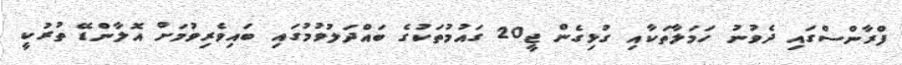
ފްރާންސްގައި ދެވުނު ހަމަލާތަކާއި ގުޅިގެން ޖީ20 ގައުމުތަކުގެ ބައްދަލުވުމުގައި ބައިވެެރިވުމަށް އޮލާންޑޭ ތުރުކީ